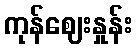
ကုန်ဈေးနှုန်း